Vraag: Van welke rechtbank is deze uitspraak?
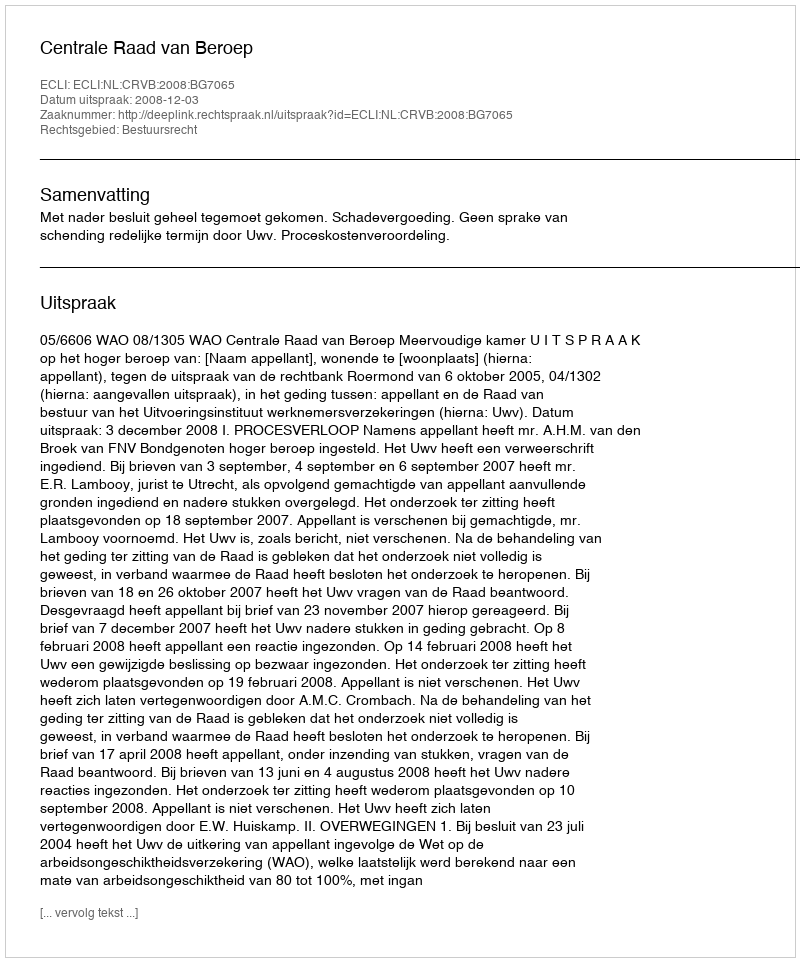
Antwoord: Centrale Raad van Beroep